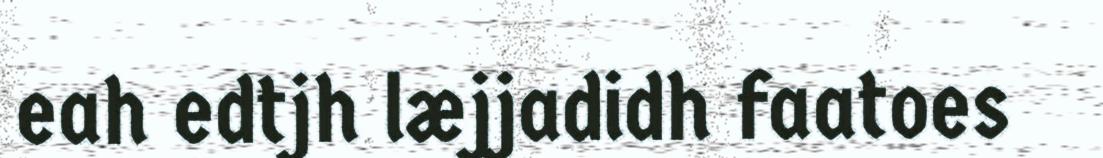
eah edtjh læjjadidh faatoes